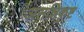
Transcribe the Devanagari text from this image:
असन्निकृष्ट